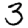
Digit: 3